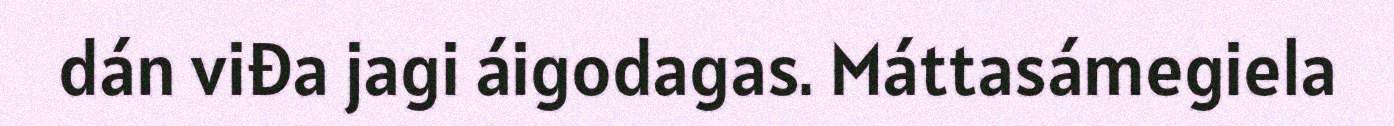
dán viđa jagi áigodagas. Máttasámegiela